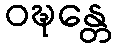
ဝဍ္ဎန္တေ